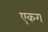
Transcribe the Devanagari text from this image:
एकग